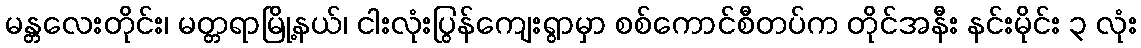
မန္တလေးတိုင်း၊ မတ္တရာမြို့နယ်၊ ငါးလုံးပြွန်ကျေးရွာမှာ စစ်ကောင်စီတပ်က တိုင်အနီး နင်းမိုင်း ၃ လုံး